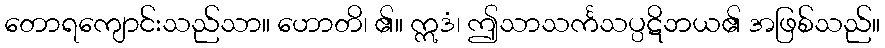
တောရကျောင်းသည်သာ။ ဟောတိ၊ ၏။ ဣဒံ၊ ဤသာသင်္ကသပ္ပဋိဘယ၏ အဖြစ်သည်။